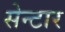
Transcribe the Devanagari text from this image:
सेन्टार